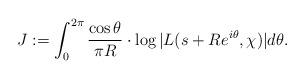
LaTeX: \begin{align*}J := \int_0^{2\pi} \frac{\cos \theta}{\pi R} \cdot \log| L(s+ R e^{i\theta},\chi)|d\theta.\end{align*}